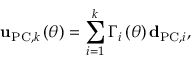
{ \bf u } _ { \mathrm { P C } , k } \left( \theta \right) = \sum _ { i = 1 } ^ { k } \Gamma _ { i } \left( \theta \right) { \bf d } _ { \mathrm { P C } , i } ,